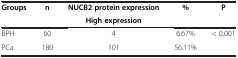
<table><thead><tr><td rowspan="2"><b>Groups</b></td><td rowspan="2"><b>n</b></td><td><b>NUCB2 protein expression</b></td><td rowspan="2"><b>%</b></td><td rowspan="2"><b>P</b></td></tr><tr><td><b>High expression</b></td></tr></thead><tbody><tr><td>BPH</td><td>60</td><td>4</td><td>6.67%</td><td>&lt; 0.001</td></tr><tr><td>PCa</td><td>180</td><td>101</td><td>56.11%</td><td> </td></tr></tbody></table>